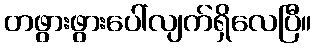
တဖွားဖွားပေါ်လျက်ရှိလေပြီ။